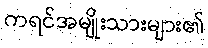
ကရင်အမျိုးသားများ၏